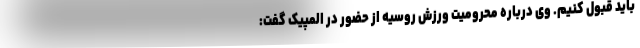
باید قبول کنیم. وی درباره محرومیت ورزش روسیه از حضور در المپیک گفت: